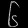
Digit: ၆